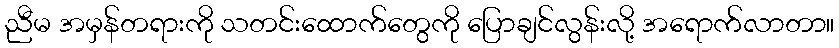
ညီမ အမှန်တရားကို သတင်းထောက်တွေကို ပြောချင်လွန်းလို့ အရောက်လာတာ။